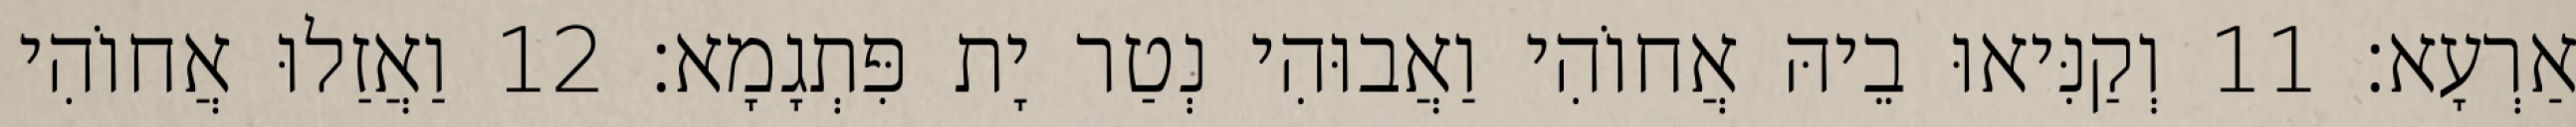
אַרְעָא׃ 11 וְקַנִּיאוּ בֵיהּ אֲחוֹהִי וַאֲבוּהִי נְטַר יָת פִּתְגָמָא׃ 12 וַאֲזַלוּ אֲחוֹהִי